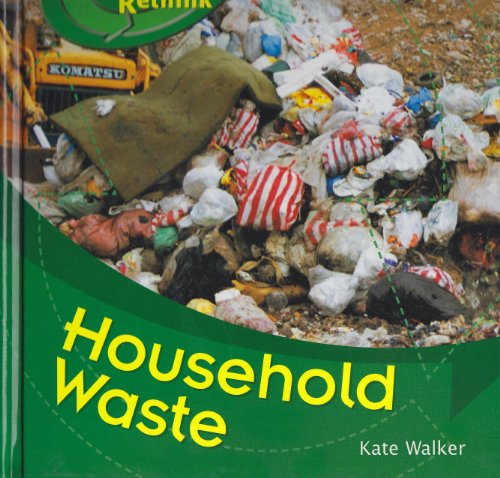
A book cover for Household Waste (Recycle, Reduce, Reuse, Rethink); Kate Walker; Science & Math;